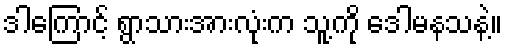
ဒါကြောင့် ရွာသားအားလုံးက သူ့ကို ဒေါမနသနဲ့။